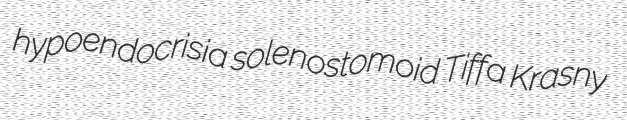
hypoendocrisia solenostomoid Tiffa Krasny